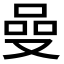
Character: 𠵬